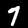
Digit: 7